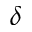
\delta